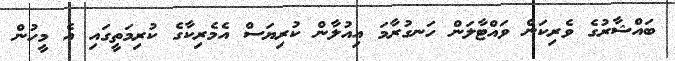
ބައްޝާރުގެ ވެރިކަން ވައްޓާލަން ހަނގުރާމަ އިއުލާން ކުރިޔަސް އެމެރިކާގެ ކުރިމަތީގައި އެ މީހުން